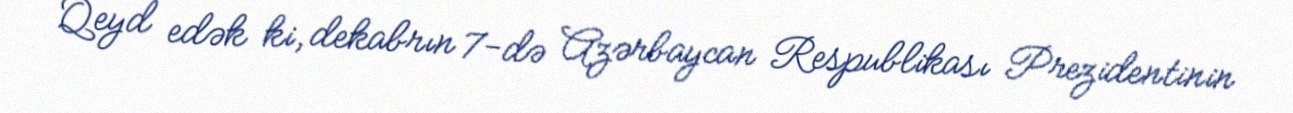
Qeyd edək ki, dekabrın 7-də Azərbaycan Respublikası Prezidentinin